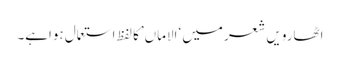
اٹھارویں شعر میں ‘الاماں’کا لفظ استعمال ہواہے۔